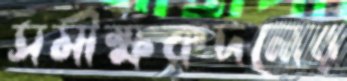
সমীক্ষকদলের